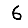
Digit: 6